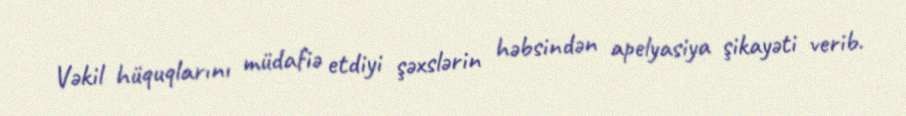
Vəkil hüquqlarını müdafiə etdiyi şəxslərin həbsindən apelyasiya şikayəti verib.